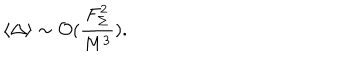
\langle \Delta \rangle \sim { \cal O } ( \frac { F _ { \Sigma } ^ { 2 } } { M ^ { 3 } } ) .